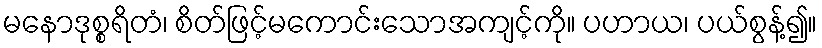
မနောဒုစ္စရိတံ၊ စိတ်ဖြင့်မကောင်းသောအကျင့်ကို။ ပဟာယ၊ ပယ်စွန့်၍။